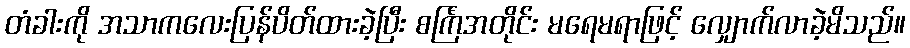
တံခါးကို အသာကလေးပြန်ပိတ်ထားခဲ့ပြီး စင်္ကြံအတိုင်း မရေမရာဖြင့် လျှောက်လာခဲ့မိသည်။